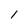
Character: l